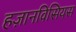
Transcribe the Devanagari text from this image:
हज़ानविसियस